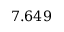
7 . 6 4 9 \